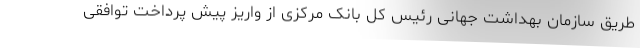
طریق سازمان بهداشت جهانی رئیس کل بانک مرکزی از واریز پیش پرداخت توافقی